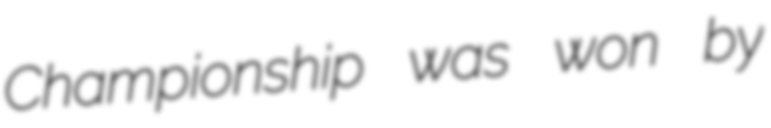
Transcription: Championship was won by